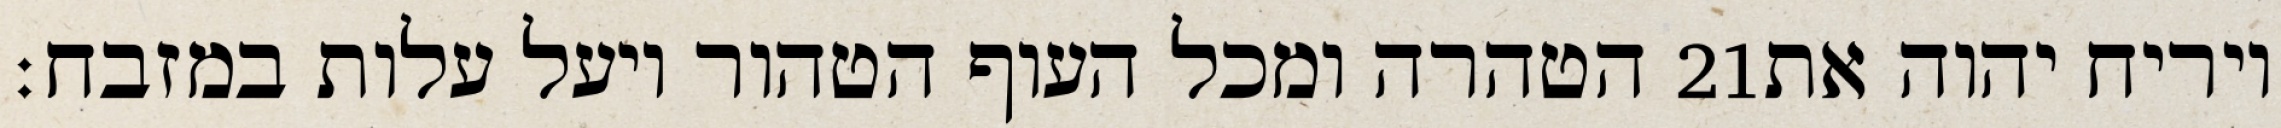
הטהרה ומכל העוף הטהור ויעל עלות במזבח׃ ‎21‏ ויריח יהוה את